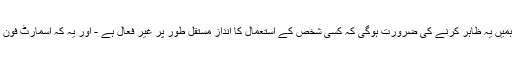
اس سے پہلے کہ ہم یہ کہہ سکیں کہ آیا اسمارٹ فون کا استعمال در حقیقت اسمارٹ فون کی لت ہے ، ہمیں یہ ظاہر کرنے کی ضرورت ہوگی کہ کسی شخص کے استعمال کا انداز مستقل طور پر غیر فعال ہے - اور یہ کہ اسمارٹ فون کے باقاعدگی سے استعمال کے مقابلے میں صحت کو پہنچنے والے نقصانات کافی حد تک خراب ہیں۔